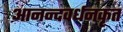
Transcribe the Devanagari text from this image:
आनन्दवर्धनकृत